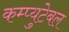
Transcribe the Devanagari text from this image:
कम्प्युटेबल